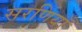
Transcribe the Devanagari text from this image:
सरणियाँ